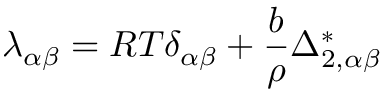
\lambda _ { \alpha \beta } = R T \delta _ { \alpha \beta } + \frac { b } { \rho } \Delta _ { 2 , \alpha \beta } ^ { * }